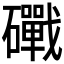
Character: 𥗜